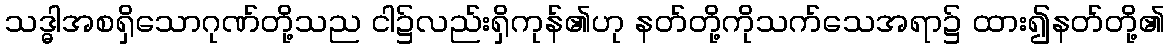
သဒ္ဓါအစရှိသောဂုဏ်တို့သည ငါ၌လည်းရှိကုန်၏ဟု နတ်တို့ကိုသက်သေအရာ၌ ထား၍နတ်တို့၏